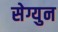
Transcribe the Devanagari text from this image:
सेग्युन